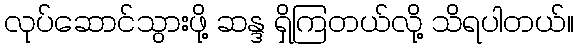
လုပ်ဆောင်သွားဖို့ ဆန္ဒ ရှိကြတယ်လို့ သိရပါတယ်။